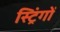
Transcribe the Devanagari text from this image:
स्ट्रिंगों